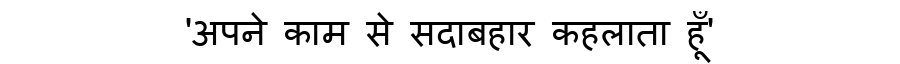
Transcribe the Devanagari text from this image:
'अपने काम से सदाबहार कहलाता हूँ'